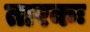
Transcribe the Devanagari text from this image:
तारकः